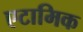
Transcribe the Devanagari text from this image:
एटामिक